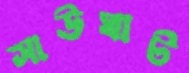
সাউঘাট